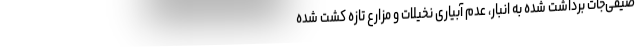
صیفی‌جات برداشت شده به انبار، عدم آبیاری نخیلات و مزارع تازه کشت شده